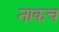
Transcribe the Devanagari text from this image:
नाकच